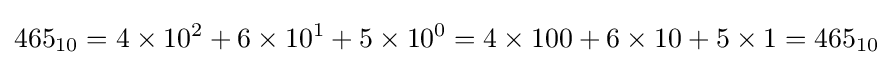
465_{10}=4\times 10^{2}+6\times 10^{1}+5\times 10^{0}=4\times 100+6\times 10+5\times 1=465_{10}